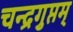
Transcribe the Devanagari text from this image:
चन्द्रगुप्तम्